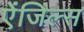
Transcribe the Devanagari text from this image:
ऐंजिल्स